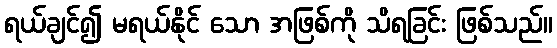
ရယ်ချင်၍ မရယ်နိုင် သော အဖြစ်ကို သိရခြင်း ဖြစ်သည်။